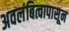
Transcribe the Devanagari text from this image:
अवलंबित्वापासून